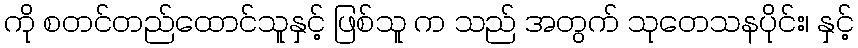
ကို စတင်တည်ထောင်သူနှင့် ဖြစ်သူ က သည် အတွက် သုတေသနပိုင်း၊ နှင့်